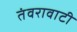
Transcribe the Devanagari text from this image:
तंवरावाटी